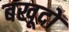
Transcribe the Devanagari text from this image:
बखूदों